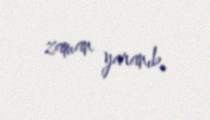
zaman yaranıb.